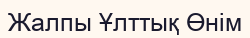
Жалпы Ұлттық Өнім